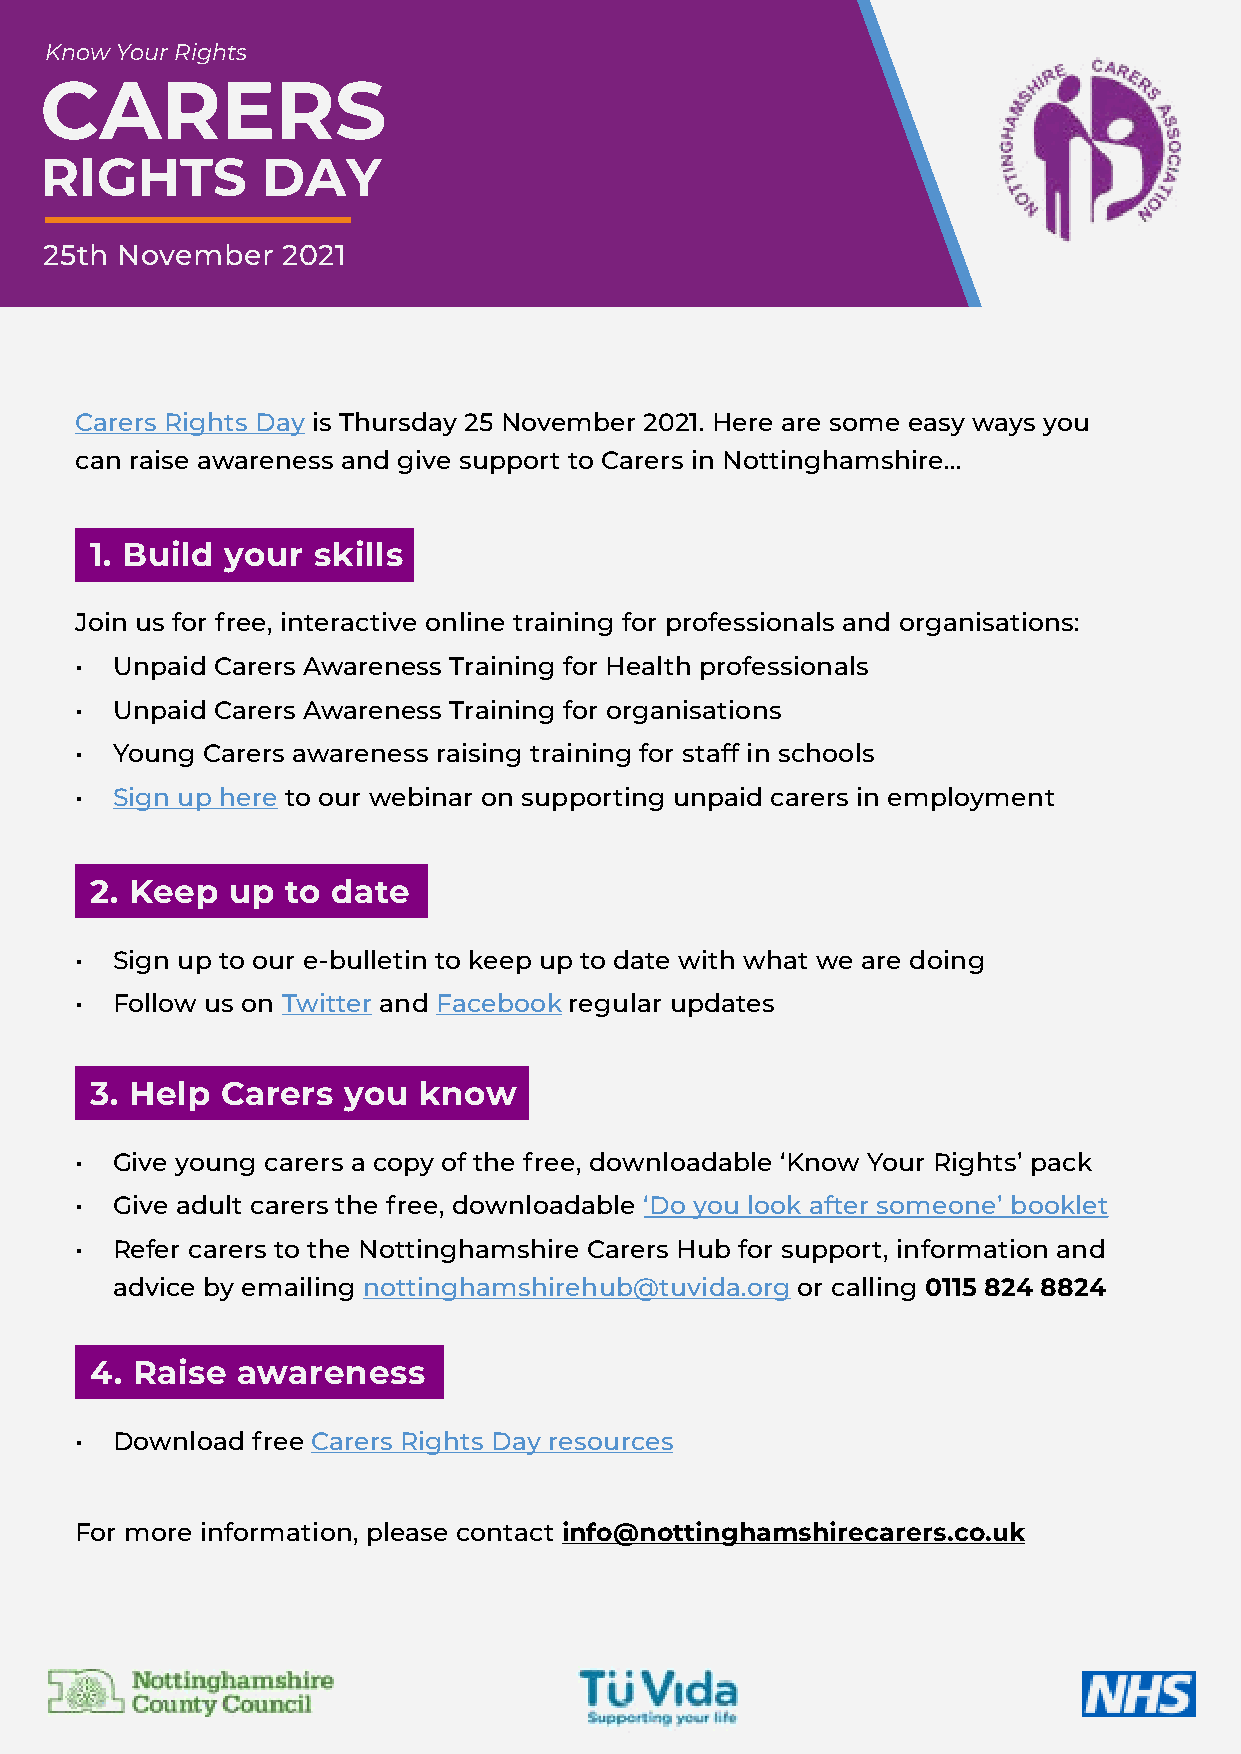
Know Your Rights
 CARERS
 01773 833 833
 RIGHTS        DAY
 info@derbyshirecarers.co.uk
 www.derbyshirecarers.co.uk
 25th November   2021
 Carers Rights Day is Thursday 25 November 2021. Here are some easy ways you
 can raise awareness and give support to Carers in Nottinghamshire...
 1. Build your  skills
 Join us for free, interactive online training for professionals and organisations:
 • Unpaid Carers Awareness Training for Health professionals
 • Unpaid Carers Awareness Training for organisations
 • Young Carers awareness raising training for staff in schools
 •• S ign up here to our webinar on supporting unpaid carers in employment
 2. Keep  up  to date
 • Sign up to our e-bulletin to keep up to date with what we are doing
 • Follow us on Twitter and Facebook regular updates
 • 3. Help Carers  you  know
 • Give young carers a copy of the free, downloadable ‘Know Your Rights’ pack
 • Give adult carers the free, downloadable ‘Do you look after someone’ booklet
 • Refer carers to the Nottinghamshire Carers Hub for support, information and
 advice by emailing nottinghamshirehub@tuvida.org or calling 0115 824 8824
 4. Raise  awareness
 • Download  free Carers Rights Day resources
 For more information, please contact info@nottinghamshirecarers.co.uk